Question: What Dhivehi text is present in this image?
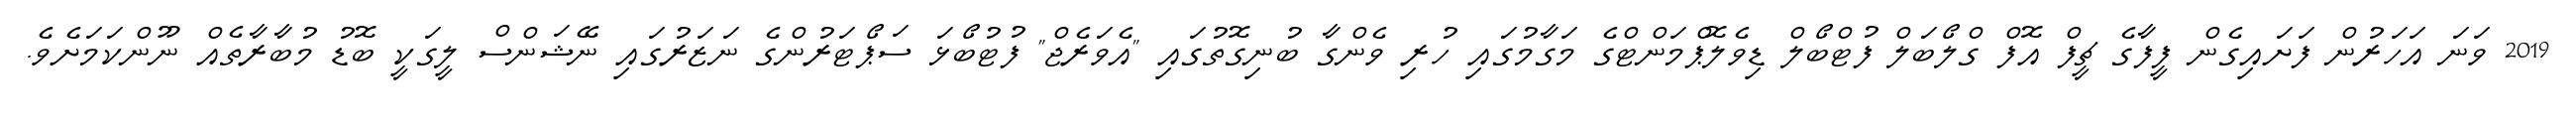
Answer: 2019 ވަނަ އަހަރުން ފަށައިގެން ފީފާގެ ޗީފް އޮފް ގްލޯބަލް ފުޓްބޯލް ޑިވެލޮޕްމަންޓްގެ މަގާމުގައި ހުރި ވެންގާ ބުނިގޮތުގައި "އެވަރެޖް" ފުޓުބޯޅަ ސަޕޯޓަރުންގެ ނަޒަރުގައި ނޭޝަންސް ލީގަކީ ބޮޑު މުބާރާތެއް ނޫންކަމަށެވެ.